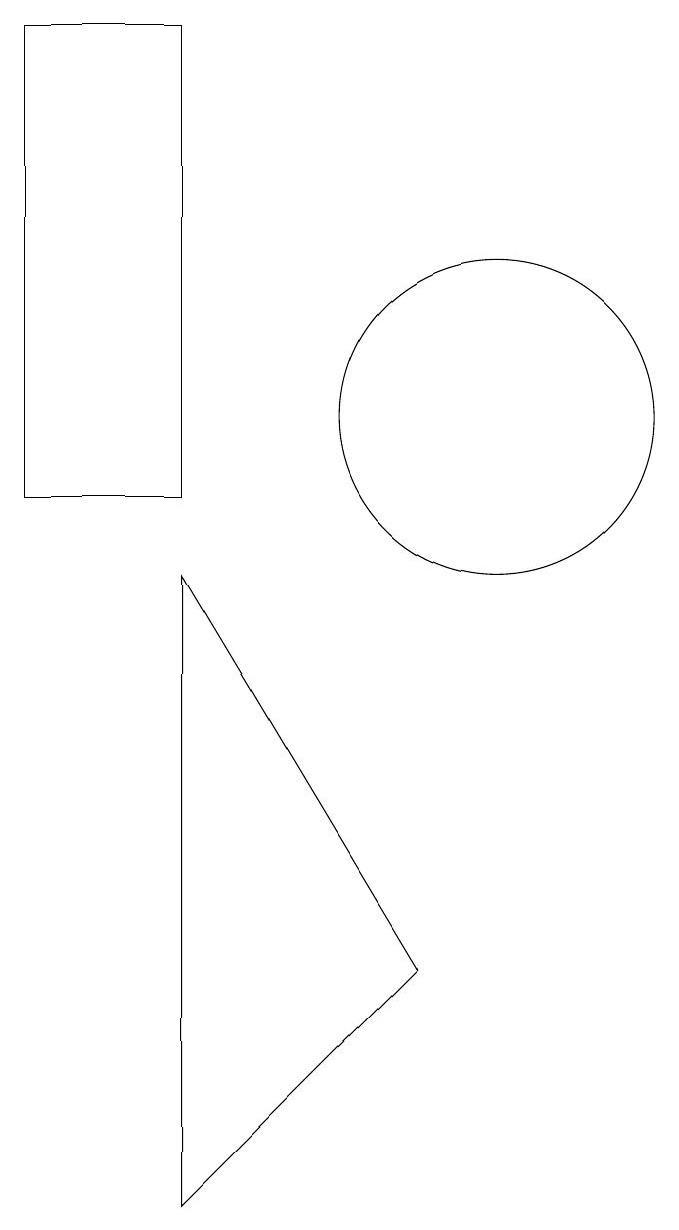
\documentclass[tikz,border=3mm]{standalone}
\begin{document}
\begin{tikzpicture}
\draw (10,11) circle (2);
\draw (6,16) rectangle (4,10);
\draw (6,9) -- (6,1) -- (9,4) -- cycle;
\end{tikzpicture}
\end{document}